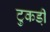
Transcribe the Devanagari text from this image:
टुकडी़